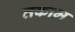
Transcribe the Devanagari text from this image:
तकाम